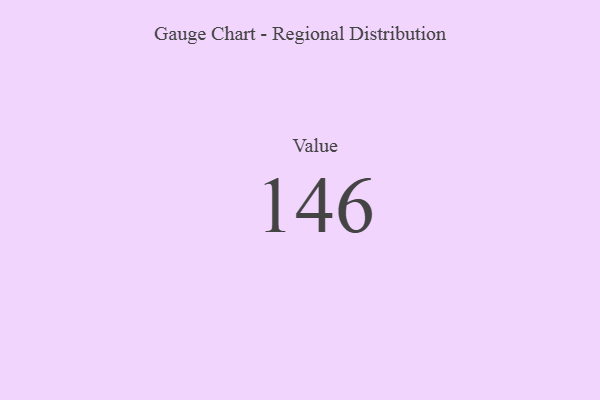
{"axis": {"x": "Metric", "y": "Value"}, "legend": [""], "data": [{"x": "Value", "y": 146, "type": ""}]}